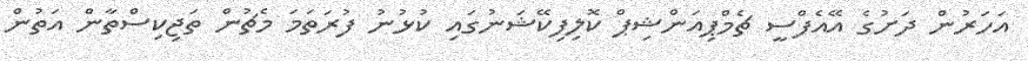
އަހަރުން ދަށުގެ އޭއެފްސީ ޗެމްޕިއަންޝިޕް ކޮލިފިކޭޝަނުގައި ކުޅުނު ފުރަތަމަ މެޗުން ތަޖިކިސްތާން އަތުން